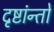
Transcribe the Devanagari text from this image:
दृष्टांन्तों